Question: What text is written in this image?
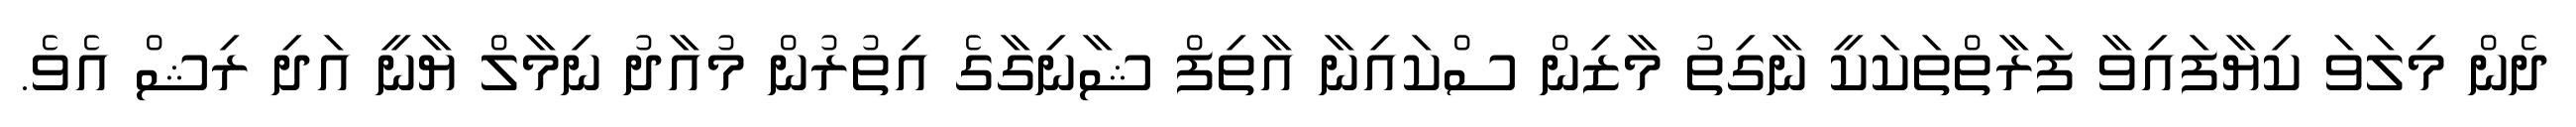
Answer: ދެން މިލަވަ ކިޔާފައިވާ ފަރާތްތަކަކީ ނާގިތު މާޒިން ސްކައިނާ އާތިފް ޝާނިގާގެ އިތުރުން މުއާދު ނިމާލް ޔާނީ އަދި ރިޝް އެވެ.